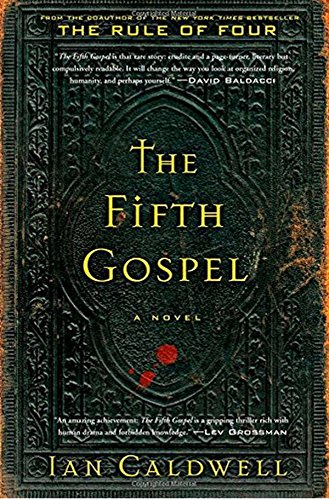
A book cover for The Fifth Gospel: A Novel; Ian Caldwell; Mystery, Thriller & Suspense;